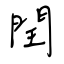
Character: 閏